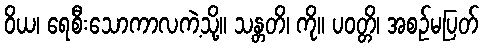
ဝိယ၊ ရေစီးသောကာလကဲ့သို့။ သန္တတိ၊ ကို။ ပဝတ္တိ၊ အစဉ်မပြတ်